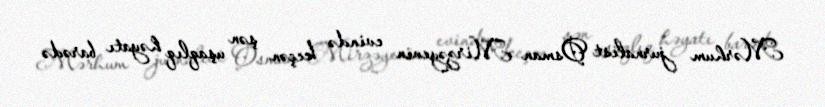
Mərhum jurnalist Osman Mirzəyevin evində keçən şən uşaqlıq həyatı barədə